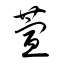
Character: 萱